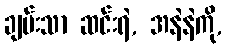
ချမ်းသာ ဆင်းရဲ, အနဲနဲကို,